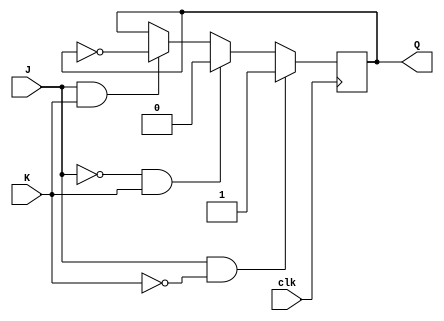
module jk_flip_flop(
    input J,
    input K,
    input clk,
    output reg Q
);

always @ (posedge clk) begin
    if (J & ~K) begin
        Q <= 1;
    end else if (~J & K) begin
        Q <= 0;
    end else if (J & K) begin
        Q <= ~Q;
    end
    // Retain current state if both J and K are 0
end

endmodule